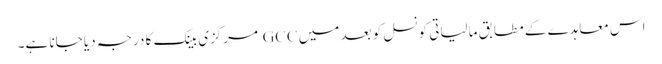
اس معاہدے کے مطابق مالیاتی کونسل کو بعد میں GCC مرکزی بینک کا درجہ دیا جانا ہے۔